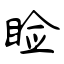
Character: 睑